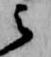
云